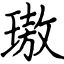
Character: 璈